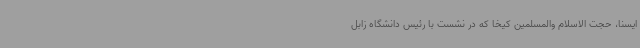
ایسنا، حجت الاسلام والمسلمین کیخا که در نشست با رئیس دانشگاه زابل